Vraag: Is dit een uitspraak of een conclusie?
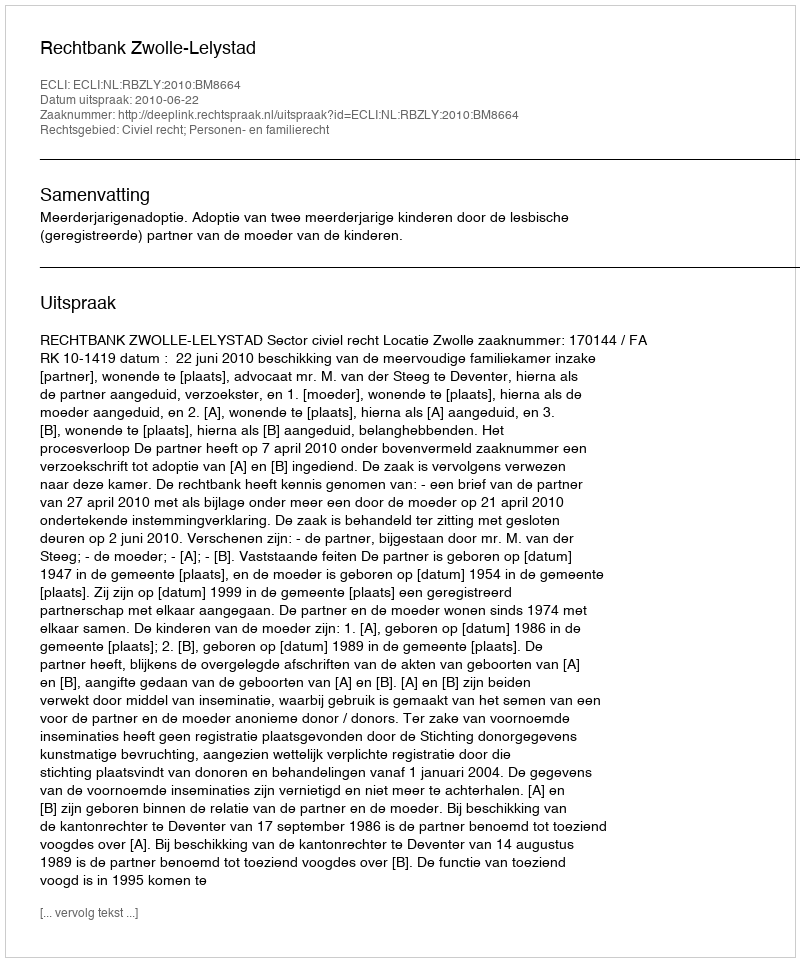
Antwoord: Uitspraak